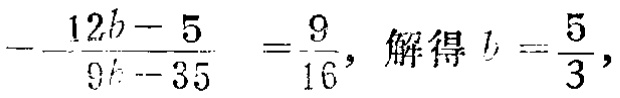
\(-\frac{12b - 5}{9b - 35}=\frac{9}{16},\ 解得\ b = \frac{5}{3},\)